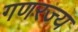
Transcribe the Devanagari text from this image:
गणरज्य